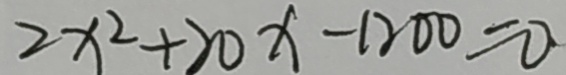
2 x ^ { 2 } + 2 0 x - 1 2 0 0 = 0